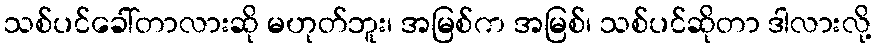
သစ်ပင်ခေါ်တာလားဆို မဟုတ်ဘူး၊ အမြစ်က အမြစ်၊ သစ်ပင်ဆိုတာ ဒါလားလို့